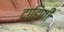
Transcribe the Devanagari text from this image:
दाहिणी